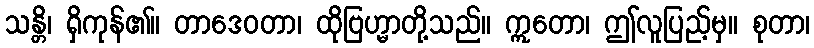
သန္တိ၊ ရှိကုန်၏။ တာဒေဝတာ၊ ထိုဗြဟ္မာတို့သည်။ ဣတော၊ ဤလူပြည့်မှ။ စုတာ၊